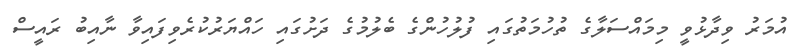
އުމަރު ވިދާޅުވީ މިމައްސަލާގެ ތުހުމަތުގައި ފުލުހުންގެ ބެލުމުގެ ދަށުގައި ހައްޔަރުކުރެވިފައިވާ ނާއިބު ރައީސް